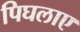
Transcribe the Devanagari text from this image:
पिघलाए